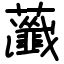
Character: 虃